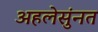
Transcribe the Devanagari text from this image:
अहलेसुंनत